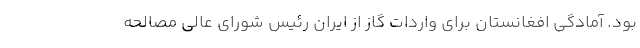
بود. آمادگی افغانستان برای واردات گاز از ایران رئیس شورای عالی مصالحه